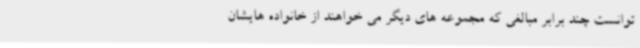
توانست چند برابر مبالغی که مجموعه های دیگر می خواهند از خانواده هایشان